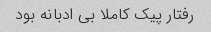
رفتار پیک کاملا بی ادبانه بود